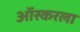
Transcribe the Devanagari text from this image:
ऑस्करला